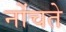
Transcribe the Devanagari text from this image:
नोंचते